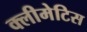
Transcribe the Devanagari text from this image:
क्लीमेटिस